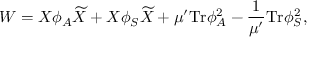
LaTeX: W = X \phi _ { A } { \widetilde X } + X \phi _ { S } { \widetilde X } + \mu ^ { \prime } \mathrm { T r } \phi _ { A } ^ { 2 } - \frac { 1 } { \mu ^ { \prime } } \mathrm { T r } \phi _ { S } ^ { 2 } ,